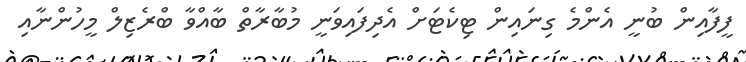
ފީފާއިން ބުނީ އެންމެ ގިނައިން ޓިކެޓަށް އެދިފައިވަނީ މުބާރާތް ބާއްވާ ބްރެޒިލް މީހުންނާއި